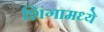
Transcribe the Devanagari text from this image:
शिंगामध्ये